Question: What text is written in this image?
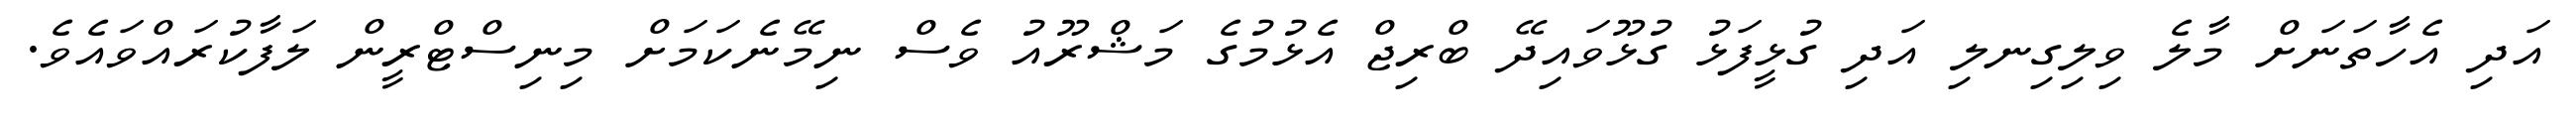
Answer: އަދި އެހާތަނަށް މާލެ ވިލިގިނލި އަދި ގުޅީފަޅު ގުޅޫވައިދޭ ބްރިޖް އެޅުމުގެ މަޝްރޫއު ވެސް ނިމޭނެކަމަށް މިނިސްޓްރީން ލަފާކުރައްވައެވެ.